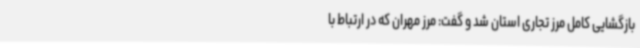
بازگشایی کامل مرز تجاری استان شد و گفت: مرز مهران که در ارتباط با